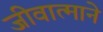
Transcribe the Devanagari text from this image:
जीवात्माने